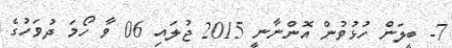
7- ބީލަން ހުޅުވުން އޮންނާނީ 2015 ޖުލައި 06 ވާ ހޯމަ ދުވަހުގެ